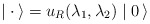
\begin{align*}\mid {\bf \cdot} \, \rangle = u_R (\lambda_1, \lambda_2) \mid 0 \, \rangle\end{align*}